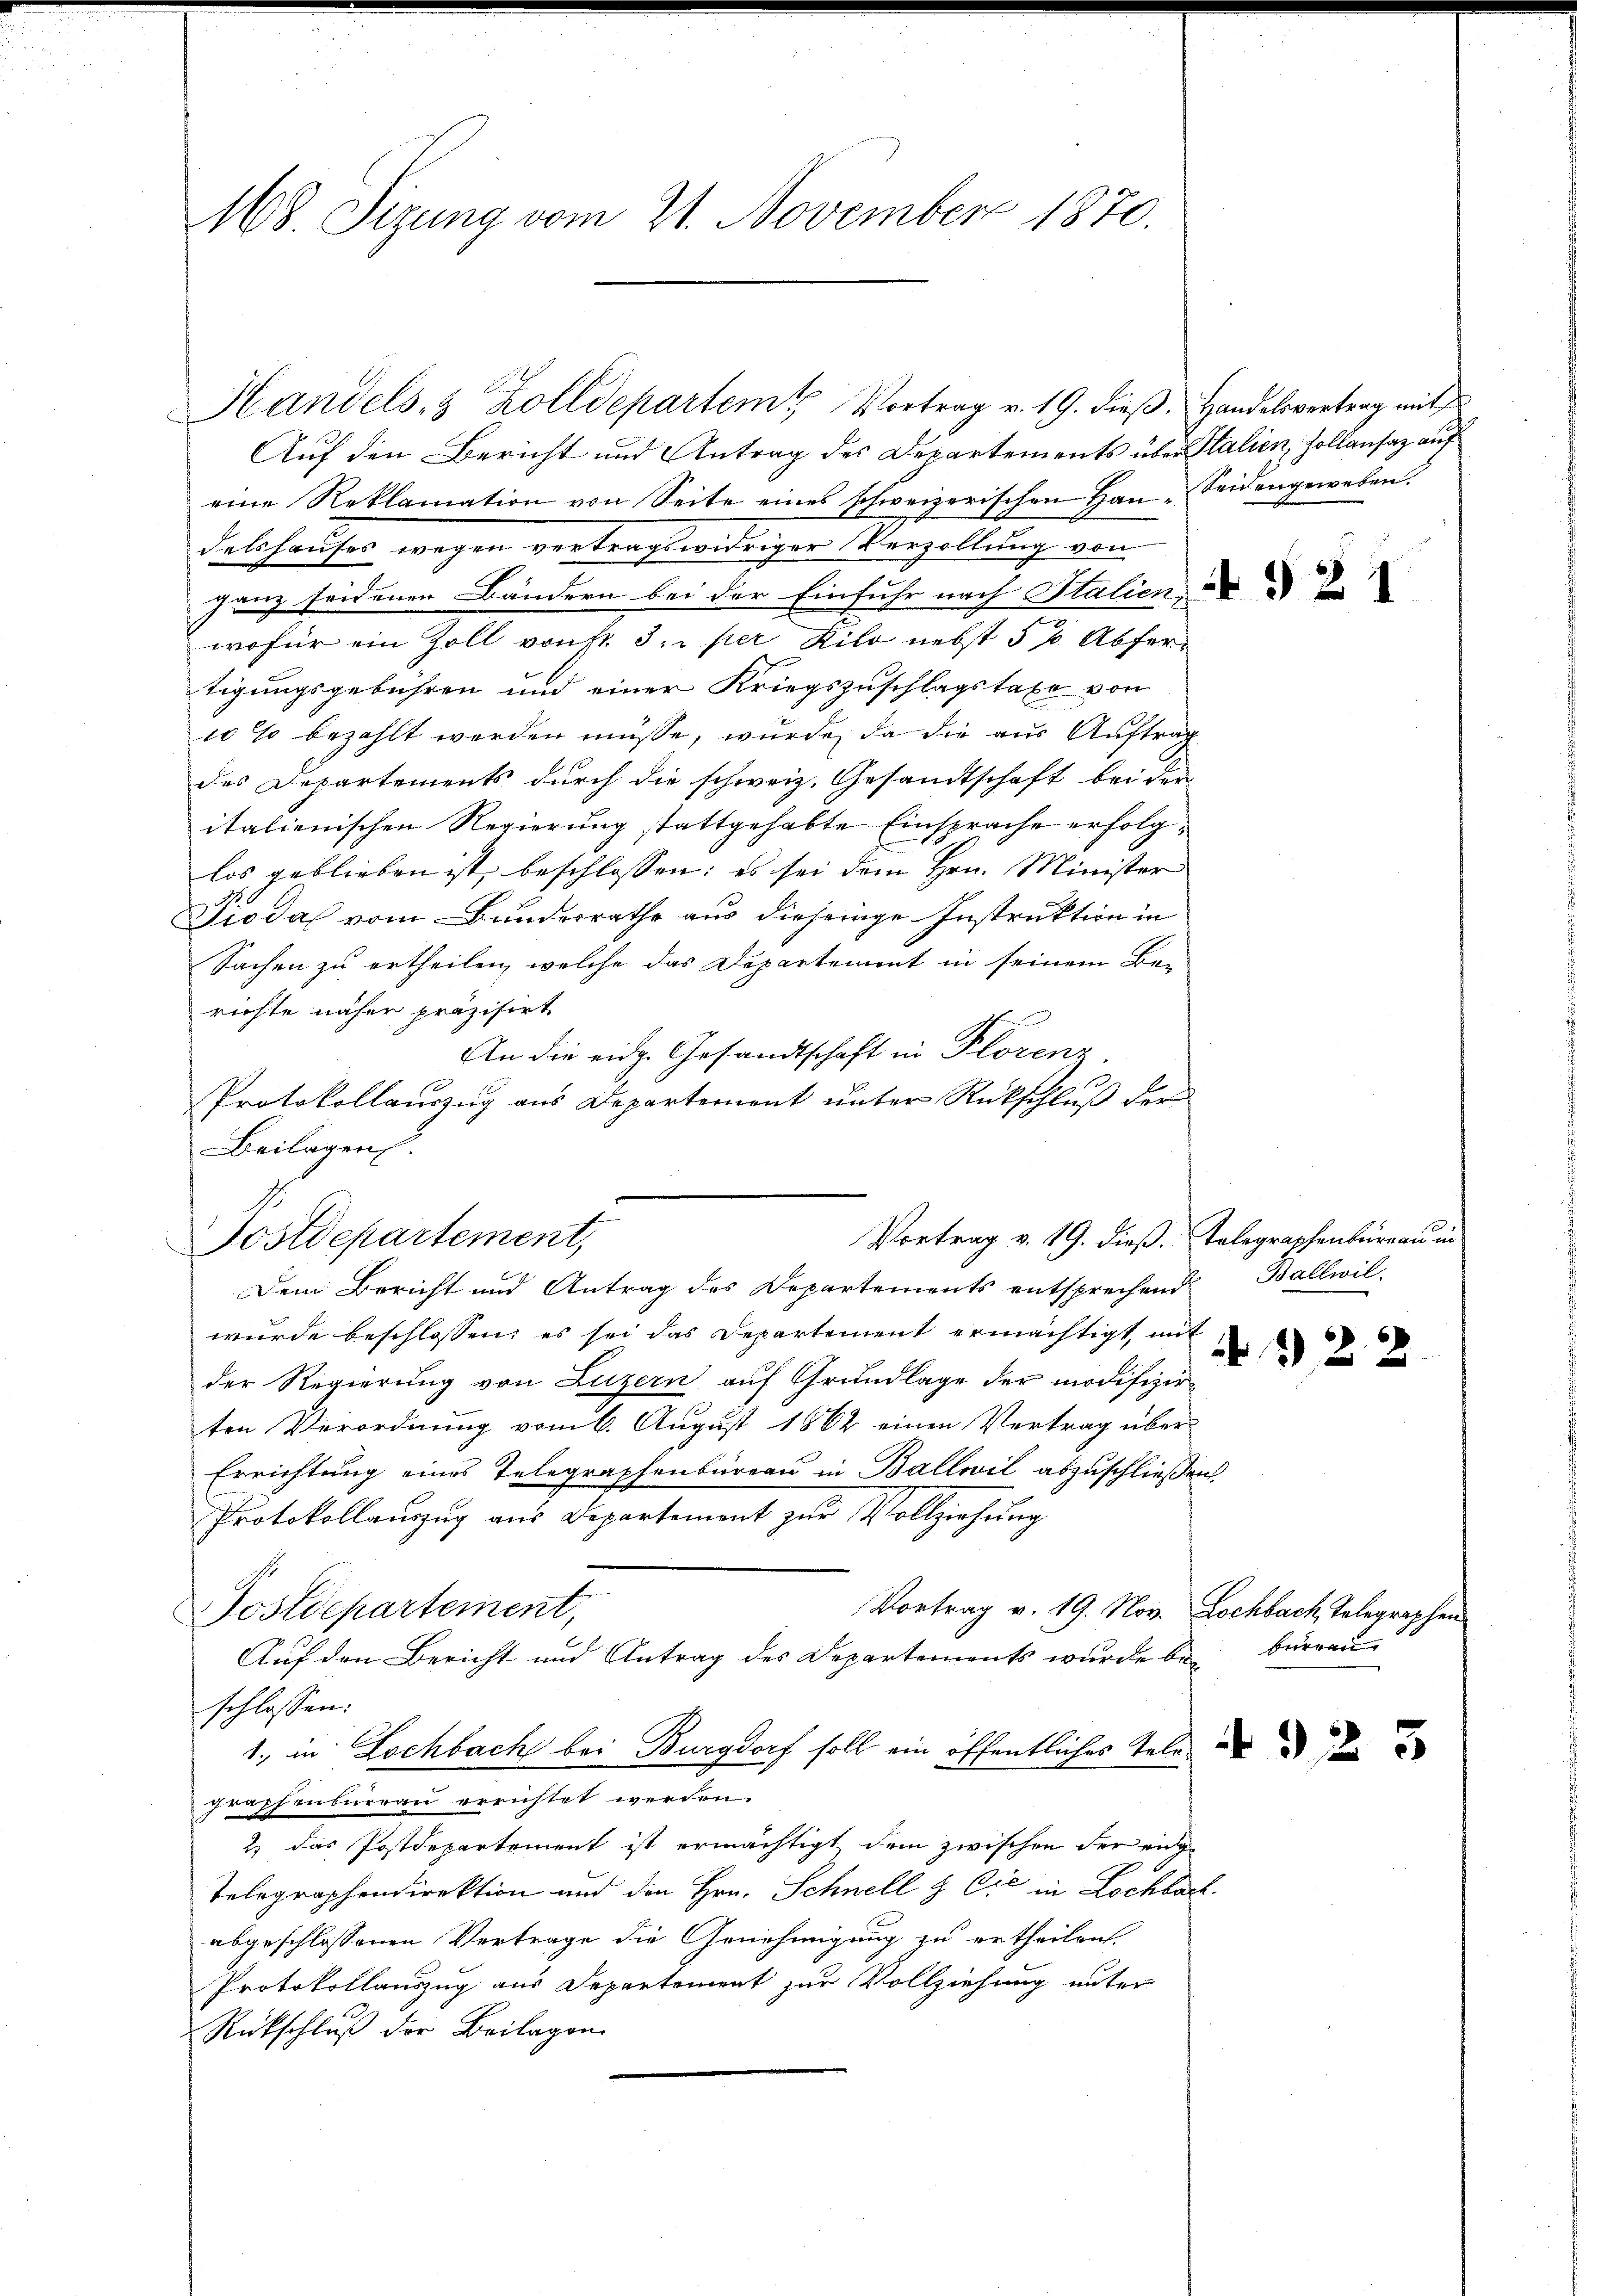
168. Sizung vom 21. November 1870.

Handels- & Zolldepartem Vortrag v. 19. dieβ. Handelsvertrag mit

Beilagen.
Vortrag v. 19. dieß. Telegraphenbüreau in
Postdepartement,

Auf den Bericht und Antrag des Departements über Stalien, Hollansaz auf
eine Reklamation von Seite eines schweizerischen Han-Seidengeweben.
dalshauses wegen vertragswidriger Verzollung von
ganz seidenen Bändern bei der Einfuhr nach Stalien
wofür ein Zoll vonst. 3. per Kilo nebst 5 % Abfertigungsgebühren und einer Kriegszuschlagstaxe von
10 so bezahlt werden müsse, wurde, da die aus Auftrag
des Departements durch die schweiz. Gesandtschaft bei der
italienischen Regierung stattgehabte Einsprache erfolglos geblieben ist beschlossen: es sei dem Hrn. Minister
Pioda vom Bundesrathe aus diejenige Instruktion in
Sachen zu ertheilen, welche das Departement in seinem Be-
richte näher präzisirt
An die eidg. Gesandtschaft in Plorenz
Protokollauszug aus Departement unter Rückschluß der
Dem Bericht und Antrag des Departements entsprechend Ballwil-
wurde beschlossen; es sei das Departement ermächtigt, mit
der Regierung von Luzern auf Grundlage der modifizirten Verordnung vom 6. August 1862 einen Vertrag über-
Errichtung eines Telegraphenbureau in Ballwil abzuschließen
Protokollauszug aus Departement zur Vollziehung
Vortrag v. 19. Nov. Lochbach Telegraphen
Postdepartement,
Auf den Bericht und Antrag des Departements wurde be bureau
schlossen:
1., in Lochbach bei Burgdorf soll ein öffentliches Telegraphenbureau errichtet werden.
2) das Postdepartement ist ermächtigt, dem zwischen der eng¬
Telegraphendirektion und den Hrn. Schnell & Cie in Lochbar
abgeschlossenen Vertrage die Genehmigung zu ertheilen.
Protokollauszug aus Departement zur Vollziehung unter
Rückschluß der Beilagen.

N 521

32 x

2

923